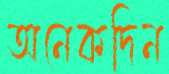
অনেকদিন